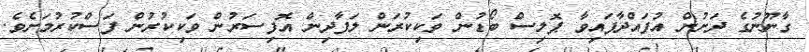
ގާނޫނުގެ ދަށުން އުފައްދާފައިވާ ޕޮލިސް ބޯޑުން ވަކިކުރަން ލަފާދިން އޮފިސަރުން ވަކިކުރުން ފަސްކުރުމަށެވެ.